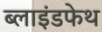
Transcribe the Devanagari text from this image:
ब्लाइंडफेथ